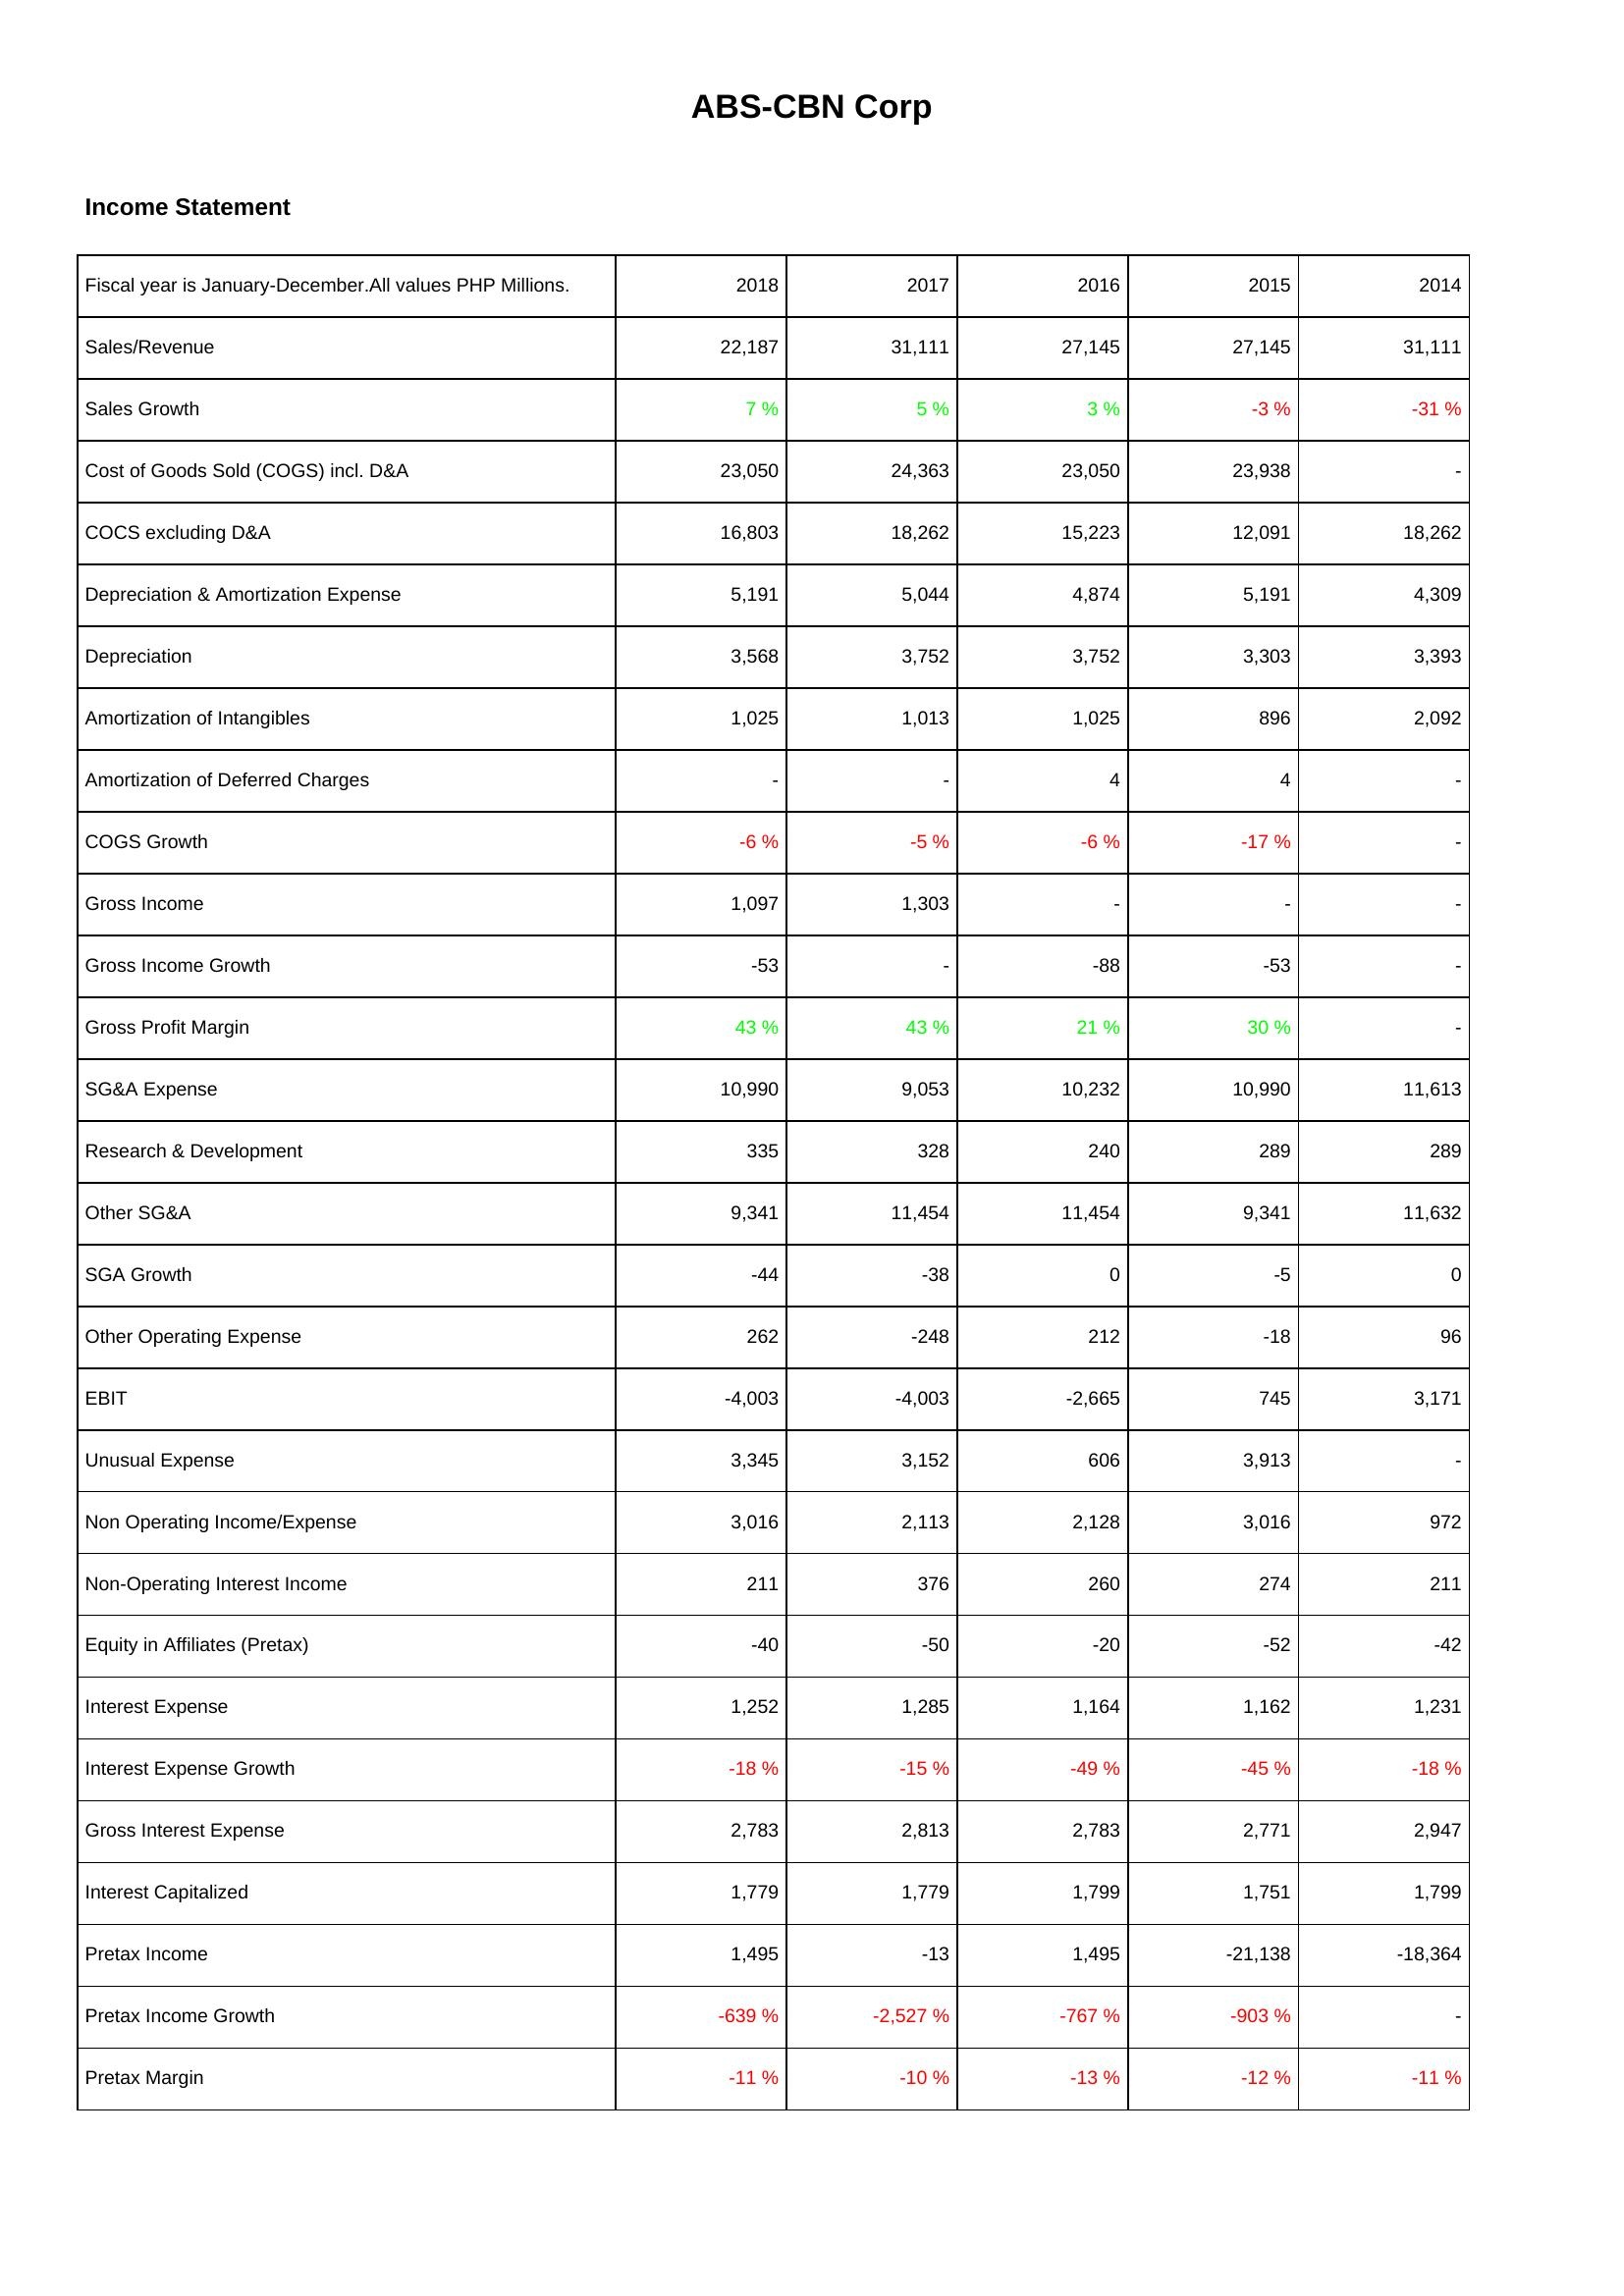
2018: Income Statement: Sales/Revenue: 22,187
Sales Growth: 7 %
Cost of Goods Sold (COGS) incl. D&A: 23,050
COCS excluding D&A: 16,803
Depreciation & Amortization Expense: 5,191
Depreciation: 3,568
Amortization of Intangibles: 1,025
Amortization of Deferred Charges: -
COGS Growth: -6 %
Gross Income: 1,097
Gross Income Growth: -53
Gross Profit Margin: 43 %
SG&A Expense: 10,990
Research & Development: 335
Other SG&A: 9,341
SGA Growth: -44
Other Operating Expense: 262
EBIT: -4,003
Unusual Expense: 3,345
Non Operating Income/Expense: 3,016
Non-Operating Interest Income: 211
Equity in Affiliates (Pretax): -40
Interest Expense: 1,252
Interest Expense Growth: -18 %
Gross Interest Expense: 2,783
Interest Capitalized: 1,779
Pretax Income: 1,495
Pretax Income Growth: -639 %
Pretax Margin: -11 %
2017: Income Statement: Sales/Revenue: 31,111
Sales Growth: 5 %
Cost of Goods Sold (COGS) incl. D&A: 24,363
COCS excluding D&A: 18,262
Depreciation & Amortization Expense: 5,044
Depreciation: 3,752
Amortization of Intangibles: 1,013
Amortization of Deferred Charges: -
COGS Growth: -5 %
Gross Income: 1,303
Gross Income Growth: -
Gross Profit Margin: 43 %
SG&A Expense: 9,053
Research & Development: 328
Other SG&A: 11,454
SGA Growth: -38
Other Operating Expense: -248
EBIT: -4,003
Unusual Expense: 3,152
Non Operating Income/Expense: 2,113
Non-Operating Interest Income: 376
Equity in Affiliates (Pretax): -50
Interest Expense: 1,285
Interest Expense Growth: -15 %
Gross Interest Expense: 2,813
Interest Capitalized: 1,779
Pretax Income: -13
Pretax Income Growth: -2,527 %
Pretax Margin: -10 %
2016: Income Statement: Sales/Revenue: 27,145
Sales Growth: 3 %
Cost of Goods Sold (COGS) incl. D&A: 23,050
COCS excluding D&A: 15,223
Depreciation & Amortization Expense: 4,874
Depreciation: 3,752
Amortization of Intangibles: 1,025
Amortization of Deferred Charges: 4
COGS Growth: -6 %
Gross Income: -
Gross Income Growth: -88
Gross Profit Margin: 21 %
SG&A Expense: 10,232
Research & Development: 240
Other SG&A: 11,454
SGA Growth: 0
Other Operating Expense: 212
EBIT: -2,665
Unusual Expense: 606
Non Operating Income/Expense: 2,128
Non-Operating Interest Income: 260
Equity in Affiliates (Pretax): -20
Interest Expense: 1,164
Interest Expense Growth: -49 %
Gross Interest Expense: 2,783
Interest Capitalized: 1,799
Pretax Income: 1,495
Pretax Income Growth: -767 %
Pretax Margin: -13 %
2015: Income Statement: Sales/Revenue: 27,145
Sales Growth: -3 %
Cost of Goods Sold (COGS) incl. D&A: 23,938
COCS excluding D&A: 12,091
Depreciation & Amortization Expense: 5,191
Depreciation: 3,303
Amortization of Intangibles: 896
Amortization of Deferred Charges: 4
COGS Growth: -17 %
Gross Income: -
Gross Income Growth: -53
Gross Profit Margin: 30 %
SG&A Expense: 10,990
Research & Development: 289
Other SG&A: 9,341
SGA Growth: -5
Other Operating Expense: -18
EBIT: 745
Unusual Expense: 3,913
Non Operating Income/Expense: 3,016
Non-Operating Interest Income: 274
Equity in Affiliates (Pretax): -52
Interest Expense: 1,162
Interest Expense Growth: -45 %
Gross Interest Expense: 2,771
Interest Capitalized: 1,751
Pretax Income: -21,138
Pretax Income Growth: -903 %
Pretax Margin: -12 %
2014: Income Statement: Sales/Revenue: 31,111
Sales Growth: -31 %
Cost of Goods Sold (COGS) incl. D&A: -
COCS excluding D&A: 18,262
Depreciation & Amortization Expense: 4,309
Depreciation: 3,393
Amortization of Intangibles: 2,092
Amortization of Deferred Charges: -
COGS Growth: -
Gross Income: -
Gross Income Growth: -
Gross Profit Margin: -
SG&A Expense: 11,613
Research & Development: 289
Other SG&A: 11,632
SGA Growth: 0
Other Operating Expense: 96
EBIT: 3,171
Unusual Expense: -
Non Operating Income/Expense: 972
Non-Operating Interest Income: 211
Equity in Affiliates (Pretax): -42
Interest Expense: 1,231
Interest Expense Growth: -18 %
Gross Interest Expense: 2,947
Interest Capitalized: 1,799
Pretax Income: -18,364
Pretax Income Growth: -
Pretax Margin: -11 %